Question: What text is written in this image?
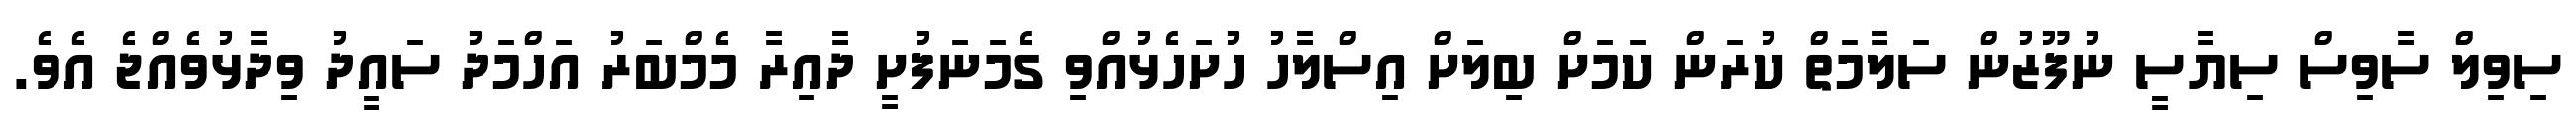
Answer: ސިވިލް ސާވިސް ސިޔާސީ ނުފޫޒުން ސަލާމަތް ކުރަން ކަމަށް ބިލަށް އިސްލާހު ހުށަހެޅުއްވި ގެމަނަފުށީ ދާއިރާ މެމްބަރު އަހްމަދު ސައީދު ވިދާޅުވެއްޖެ އެވެ.